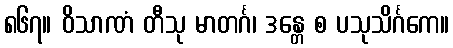
၈၆၇။ ဝိသာဏံ တီသု မာတင်္ဂ၊ ဒန္တေ စ ပသုသိင်္ဂကေ။